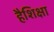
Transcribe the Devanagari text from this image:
हैशिक्षा